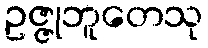
ဥဇ္ဇုဘူတေသု